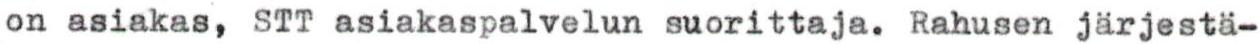
on asiakas, STT asiakaspalvelun suorittaja. Rahusen järjestä-